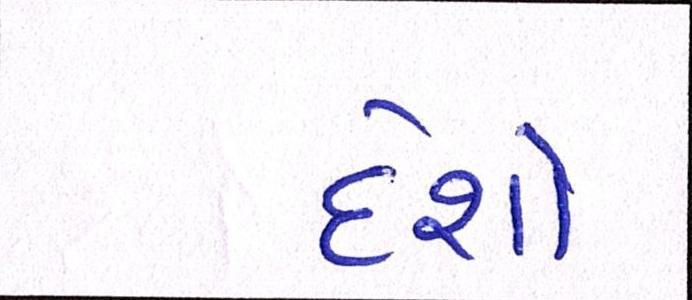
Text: દેશો